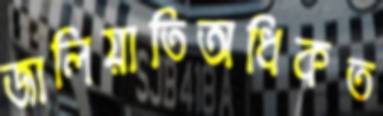
জালিয়াতিঅধিকত